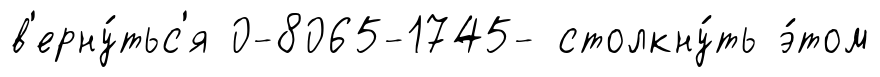
в'ерну́тьс'я 0-8065-1745- столкну́ть э́том